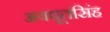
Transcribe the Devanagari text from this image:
अवधूतसिंह